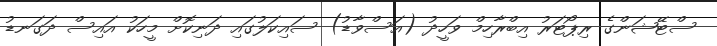
ސްޓޭޝަންގެ ރިޕޯޓަރު އިބްރާހިމް ވަހީދު (އަސްވާޑު) ސައިކަލުގައި ދަނިކޮށް މީހަކު އައިސް ދަގަނޑު